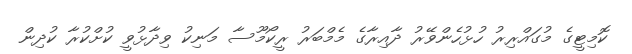
ކޮމިޓީގެ މުގައްރިރު ހުޅުހެންވޭރު ދާއިރާގެ މެމްބަރު ރީކޯމޫސާ މަނިކު ވިދާޅުވީ ކުށްކުރާ ކުދިން